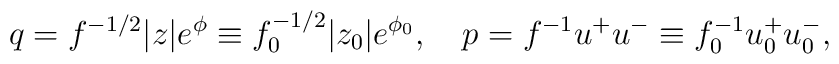
q= f^{-1/2} |z| e^\phi\equiv f_0^{-1/2} |z_0| e^{\phi_0},\quad p= f^{-1}u^+ u^- \equiv f_0^{-1}u_0^+ u_0^- ,